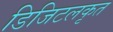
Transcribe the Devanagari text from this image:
डिजिटलकृत